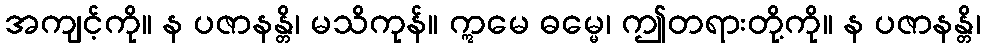
အကျင့်ကို။ န ပဇာနန္တိ၊ မသိကုန်။ ဣမေ ဓမ္မေ၊ ဤတရားတို့ကို။ န ပဇာနန္တိ၊